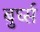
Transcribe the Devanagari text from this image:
बुर्घ्स